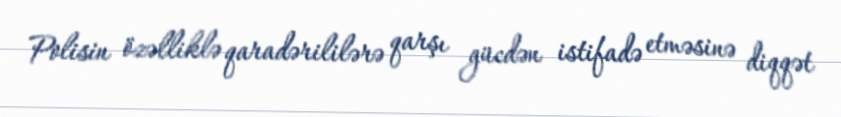
Polisin özəlliklə qaradərililərə qarşı gücdən istifadə etməsinə diqqət